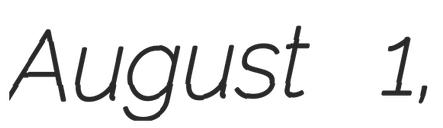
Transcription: August 1,